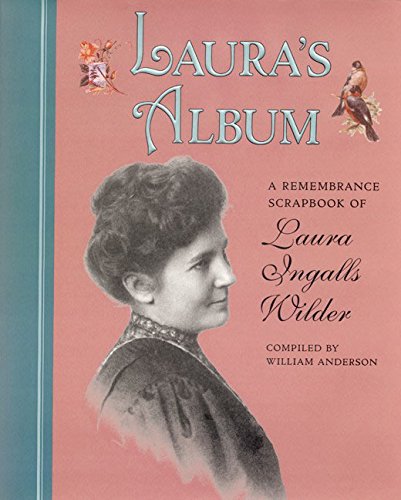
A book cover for Laura's Album: A Remembrance Scrapbook of Laura Ingalls Wilder (Little House); William Anderson; Children's Books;